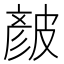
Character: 𥀆